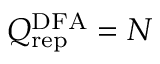
Q _ { \mathrm { r e p } } ^ { \mathrm { D F A } } = N